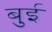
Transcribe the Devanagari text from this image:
बुई